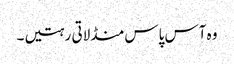
وہ آس پاس منڈلاتی رہتیں۔